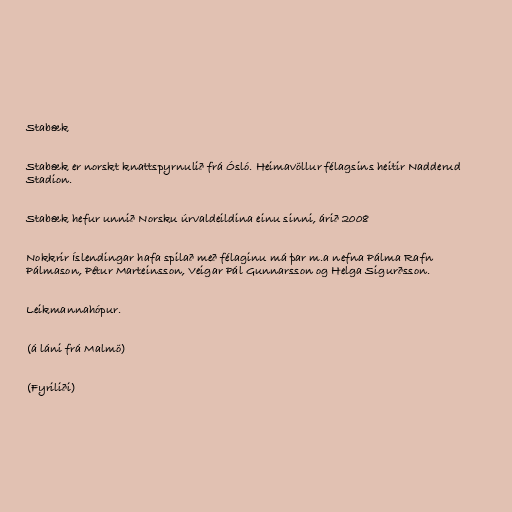
Stabæk

Stabæk er norskt knattspyrnulið frá Ósló. Heimavöllur félagsins heitir Nadderud
Stadion.

Stabæk hefur unnið Norsku úrvaldeildina einu sinni, árið 2008

Nokkrir Íslendingar hafa spilað með félaginu má þar m.a nefna Pálma Rafn
Pálmason, Pétur Marteinsson, Veigar Pál Gunnarsson og Helga Sigurðsson.

Leikmannahópur.

(á láni frá Malmö)

(Fyriliði)